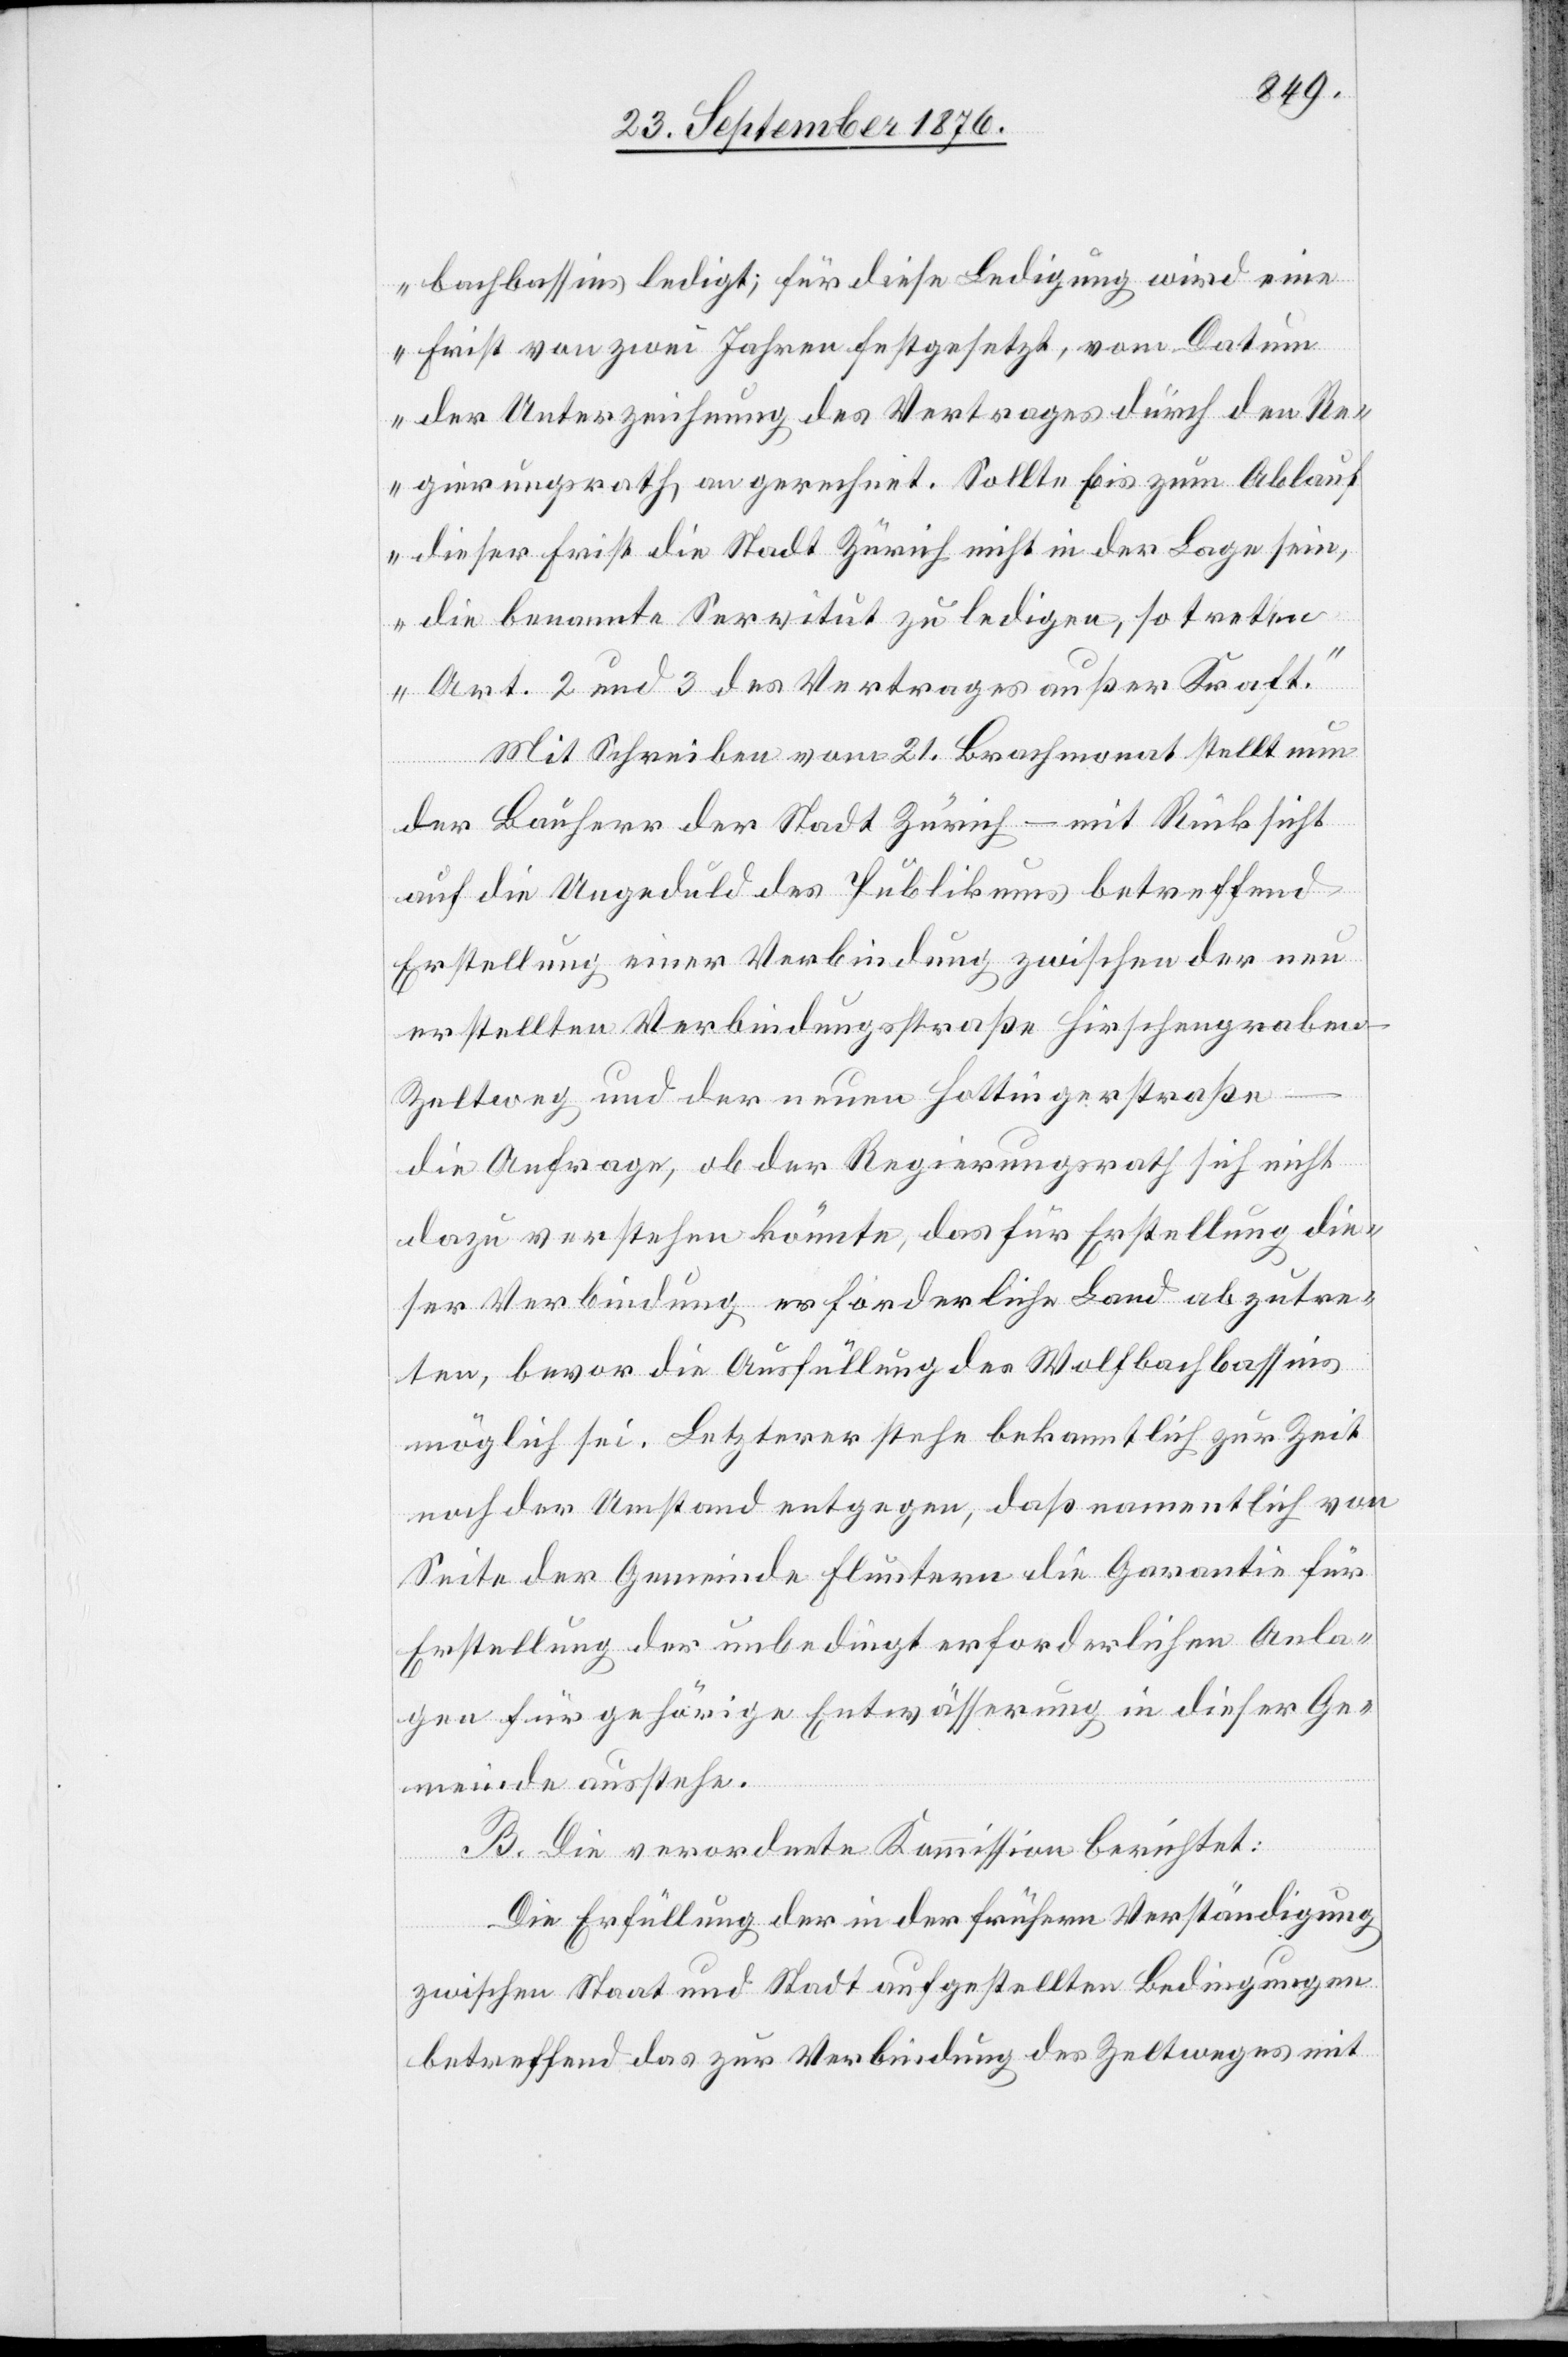
bachbassins ledigt; für diese Bedingung wird eine
Frist von zwei Jahren festgesetzt, vom Datum
der Unterzeichnung des Vertrages durch den Re¬
gierungsrath, an gerechnet. Sollte bis zum Ablauf
dieser Frist die Stadt Zürich nicht in der Lage sein,
die benannte Servitut zu ledigen, so treten
Art. 2 und 3 des Vertrages außer Kraft.“
Mit Schreiben vom 21. Brachmonat stellt nun
der Bauherr der Stadt Zürich – mit Rücksicht
auf die Ungeduld des Publikums betreffend
Erstellung einer Verbindung zwischen der neu
erstellten Verbindungsstraße Hirschengrabe¬
n–Zeltweg und der neuen Hottingerstraße
die Anfrage, ob der Regierungsrath sich nicht
dazu verstehen könnte, das für Erstellung die¬
ser Verbindung erforderliche Land abzutre¬
ten, bevor die Ausfüllung des Wolfbachbassins
möglich sei. Letzterer stehe bekanntlich zur Zeit
noch der Umstand entgegen, daß namentlich von
Seite der Gemeinde Fluntern die Garantie für
Erstellung der unbedingt erforderlichen Anla¬
gen für gehörige Entwässerung in dieser Ge¬
meinde ausstehe.
B. Die verordnete Kommission berichtet:
Die Erfüllung der in der frühern Verständigung
zwischen Staat und Stadt aufgestellten Bedingungen
betreffend das zur Verbindung des Zeltweges mit